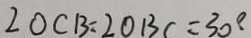
2 0 C B = 2 O B C = 3 0 \cdot ^ { \circ }